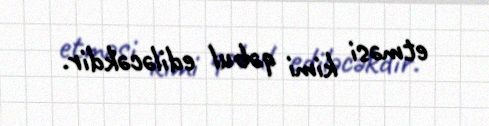
etməsi kimi qəbul ediləcəkdir.